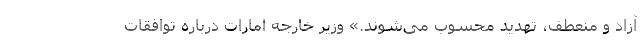
آزاد و منعطف، تهدید محسوب می‌شوند.» وزیر خارجه امارات درباره توافقات